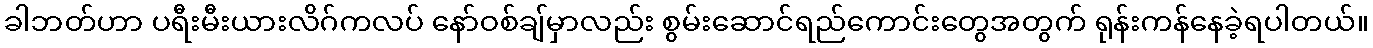
ခါဘတ်ဟာ ပရီးမီးယားလိဂ်ကလပ် နော်ဝစ်ချ်မှာလည်း စွမ်းဆောင်ရည်ကောင်းတွေအတွက် ရုန်းကန်နေခဲ့ရပါတယ်။